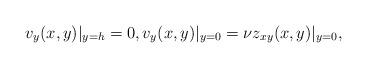
LaTeX: \begin{align*}v_y(x,y)\vert_{y=h}=0, v_y(x,y)\vert_{y=0}= \nu z_{xy}(x,y)\vert_{y=0},\end{align*}